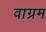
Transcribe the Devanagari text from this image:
वाग्रम